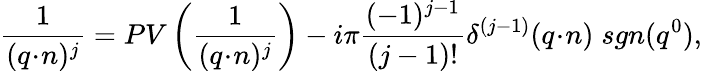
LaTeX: \frac{1}{(q\! \cdot\! n)^{j}}=PV\left(\frac{1}{(q\! \cdot\! n)^{j}}\right)-i\pi\frac{(-1)^{j-1}}{(j-1)!}\delta^{(j-1)}(q\! \cdot\! n)\; sgn(q^{0}),